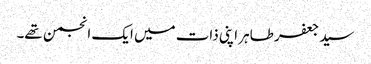
سید جعفر طاہر اپنی ذات میں ایک انجمن تھے۔